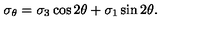
\sigma _ { \theta } = \sigma _ { 3 } \cos 2 \theta + \sigma _ { 1 } \sin 2 \theta .